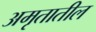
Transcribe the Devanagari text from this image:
अमृतातील